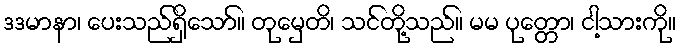
ဒဒမာနာ၊ ပေးသည်ရှိသော်။ တုမှေတိ၊ သင်တို့သည်။ မမ ပုတ္တော၊ ငါ့သားကို။